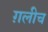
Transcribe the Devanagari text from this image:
ग़लीच